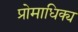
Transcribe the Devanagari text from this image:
प्रोमाधिक्य